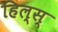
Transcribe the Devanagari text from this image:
हिल्स्